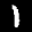
Label: 1